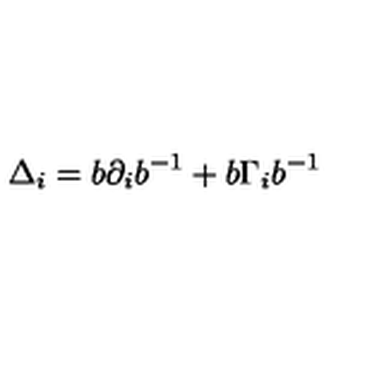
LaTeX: \Delta _ { i } = b \partial _ { i } b ^ { - 1 } + b \Gamma _ { i } b ^ { - 1 }